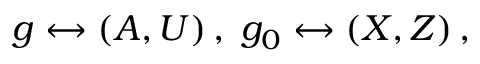
g \leftrightarrow ( A , U ) \, , \; g _ { 0 } \leftrightarrow ( X , Z ) \, ,